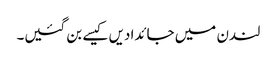
لندن میں جائدادیں کیسے بن گئیں۔